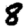
Digit: 8